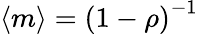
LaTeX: \langle m\rangle={(1-\rho)}^{-1}